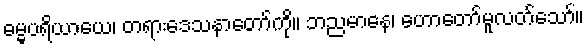
ဓမ္မပရိယာယေ၊ တရားဒေသနာတော်ကို။ ဘညမာနေ၊ ဟောတော်မူလတ်သော်။